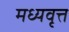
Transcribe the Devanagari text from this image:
मध्यवृत्त